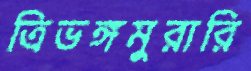
ত্রিভঙ্গমুরারি